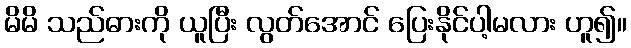
မိမိ သည်ဓားကို ယူပြီး လွတ်အောင် ပြေးနိုင်ပါ့မလား ဟူ၍။